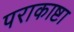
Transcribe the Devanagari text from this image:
पराकाष्टा